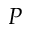
P